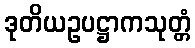
ဒုတိယဥပဋ္ဌာကသုတ္တံ